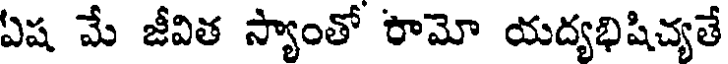
ఏష మే జీవిత స్యాంతో రామో యద్యభిషిచ్యతే